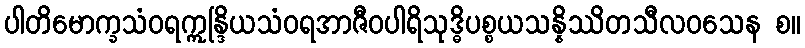
ပါတိမောက္ခသံဝရဣန္ဒြိယသံဝရအာဇီဝပါရိသုဒ္ဓိပစ္စယသန္နိဿိတသီလဝသေန စ။